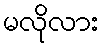
မလိုလား